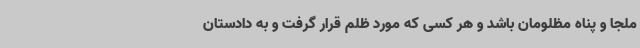
ملجا و پناه مظلومان باشد و هر کسی که مورد ظلم قرار گرفت و به دادستان